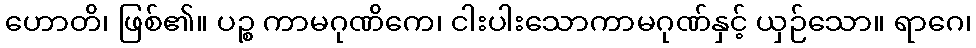
ဟောတိ၊ ဖြစ်၏။ ပဉ္စ ကာမဂုဏိကေ၊ ငါးပါးသောကာမဂုဏ်နှင့် ယှဉ်သော။ ရာဂေ၊